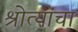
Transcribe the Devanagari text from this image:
श्रोत्यांचा